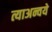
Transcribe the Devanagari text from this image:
त्याअन्वये